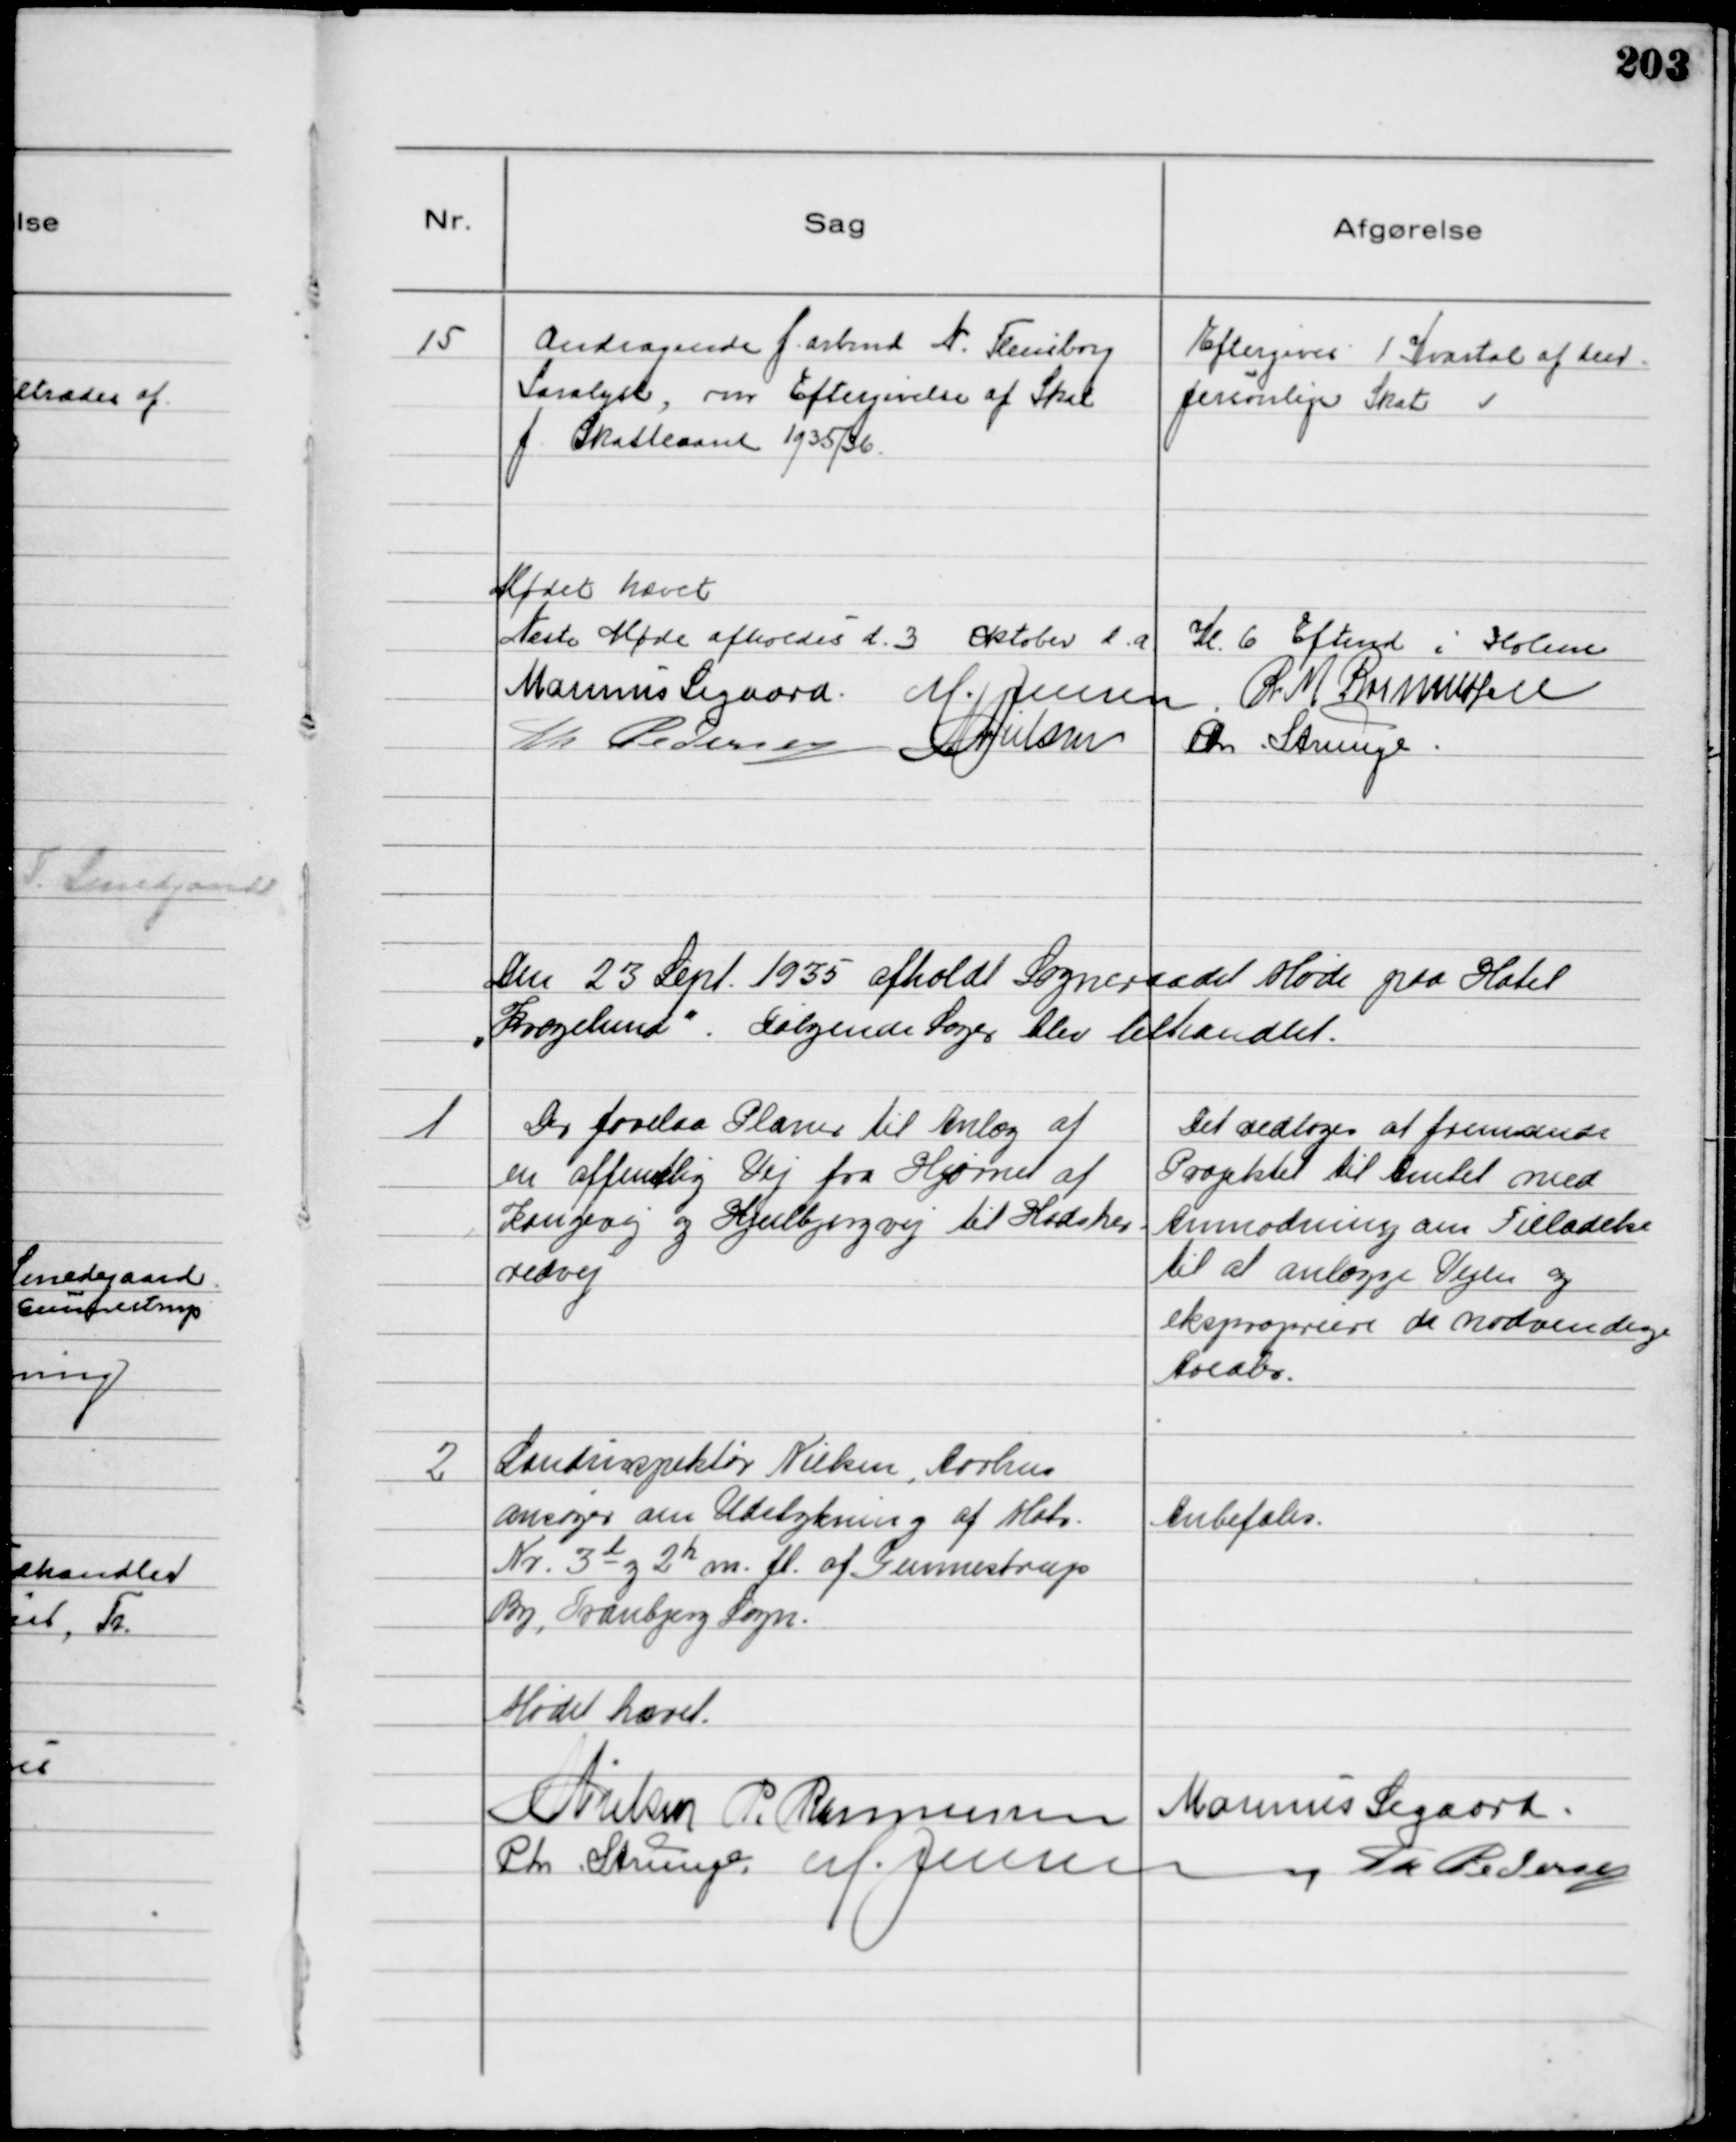
Transskription:
15
Andragende f. arbmd N. Flensborg
Saralyst, om Eftergivelse af Skat
f. Skatteaaret 1935/36

Eftergives 1 Kvartal af den
personlige Skat

Mødet hævet
Næste Møde afholdes d. 3 Oktober d.a. Kl. 6 Eftmd i Holme
Marinus Sigaard. M. Jensen R M Rasmussen
Th Pedersen M Nielsen Chr. Strunge.

Den 23 Sept. 1935 afholdt Sogneraadet Møde paa Hotel
"Kragelund". Følgende Sager blev behandlet.

1
Der forelaa Planer til Anlæg af
en offentlig Vej fra Hjørnet af
Kongevej og Hjulbjergvej til Hadsher-
redvej

Det vedtoges at fremsende
Projekt til Amtet med
Anmodning om Tilladelse
til at anlægge Vejen og
ekspropriere de nødvendige
Arealer.

2
Landinspektør Nielsen, Aarhus
ansøger om Udstykning af Matr.
Nr. 3 d og 2 h m. fl. af Gunnestrup
By, Tranbjerg Sogn.

Anbefales

Mødet hævet.
N Nielsen P. Rasmussen Marinus Sigaard.
Chr. Strunge M. Jensen Th Pedersen